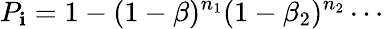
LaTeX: P_{\mathbf{i}}=1-(1-\beta)^{n_{1}}(1-\beta_{2})^{n_{2}}\cdots